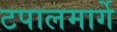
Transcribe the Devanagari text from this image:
टपालमार्गे